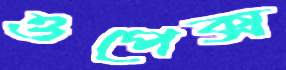
ওপেক্স